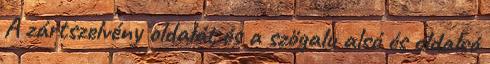
A zártszelvény oldalát és a szögalu alsó és oldalsó